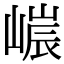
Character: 𡻌